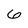
Character: 6